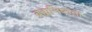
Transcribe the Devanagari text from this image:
ब्रह्मनिष्ठता